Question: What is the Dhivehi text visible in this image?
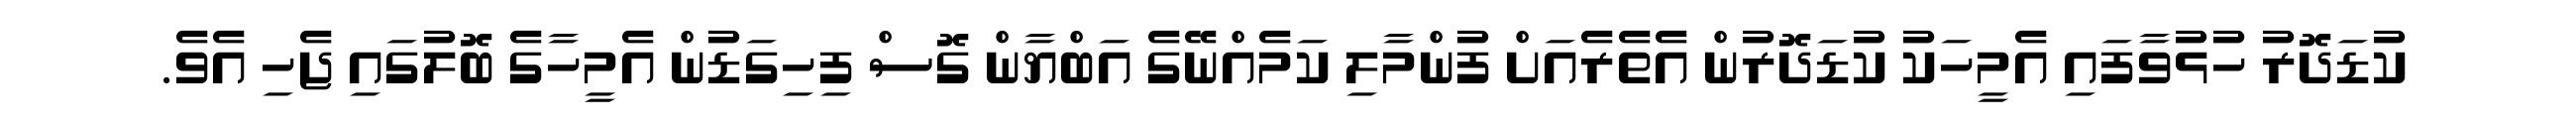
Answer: ކުޑަދޮރު ހުޅުވާފައި އެމީހަކު ކުޑަދޮރުން އެތެރެއަށް ފުންމާލި ކަމެއްނޭގެ އަބްޔާން ގޮސް ފިހިގަޑުން އެމީހާގެ ބޮލުގައި ޖެހި އެވެ.